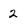
Character: 2